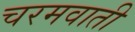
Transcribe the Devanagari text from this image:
चरमवाती